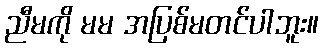
ညီမကို မမ အပြစ်မတင်ပါဘူး။